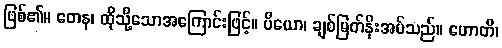
ဖြစ်၏။ တေန၊ ထိုသို့သောအကြောင်းဖြင့်။ ပိယော၊ ချစ်မြတ်နိုးအပ်သည်။ ဟောတိ၊